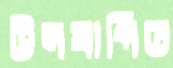
উদযাপিত